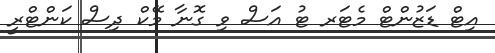
އިޓް ޑަޒުންޓް މެޓަރ ޓު އަސް ވި ގޮނާ މޭކް ދިސް ކަންޓްރީ